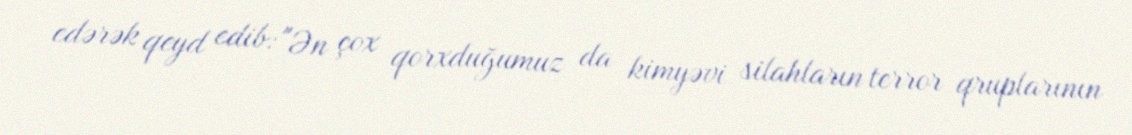
edərək qeyd edib: "Ən çox qorxduğumuz da kimyəvi silahların terror qruplarının